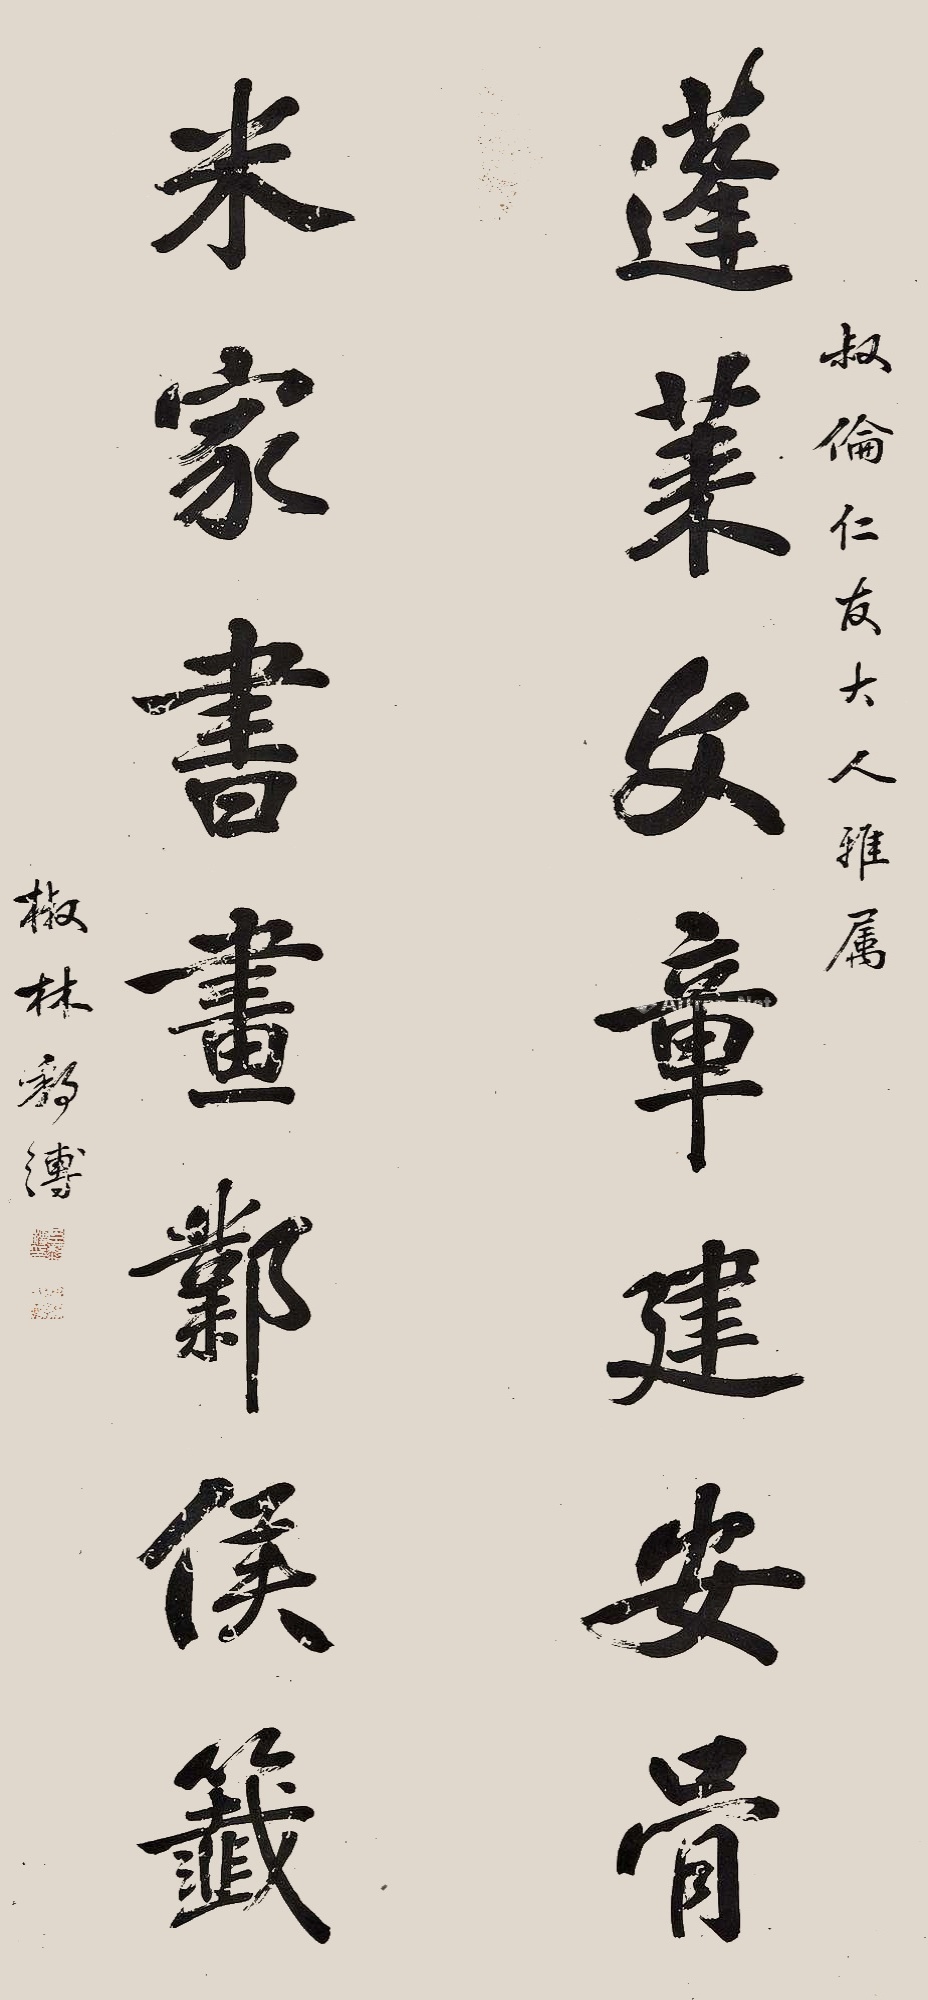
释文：叔伦仁友大人雅属。蓬莱文章建安骨，米家书画邺侯籖。椒林黎溥。